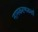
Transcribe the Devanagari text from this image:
नामकरणकर्त्ता